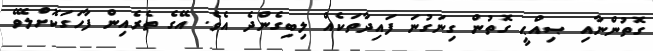
ގޮތުންނާއި ޞިއްޙީ ގޮތުން ގިނަގުނަ ފައިދާތަކެއް ލިބިގެންދެ އެވެ. އޭގެ ތެރެއިން ފާހަގަކޮށްލެވޭ